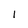
Character: l